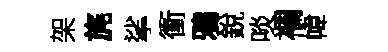
架旄挲衝鴉銳啖襴幃